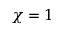
\chi = 1